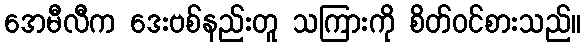
အေမီလီက ဒေးဗစ်နည်းတူ သကြားကို စိတ်ဝင်စားသည်။